Vaccination in Bombay 1874-1876 - 1874-1876
Year: 1874
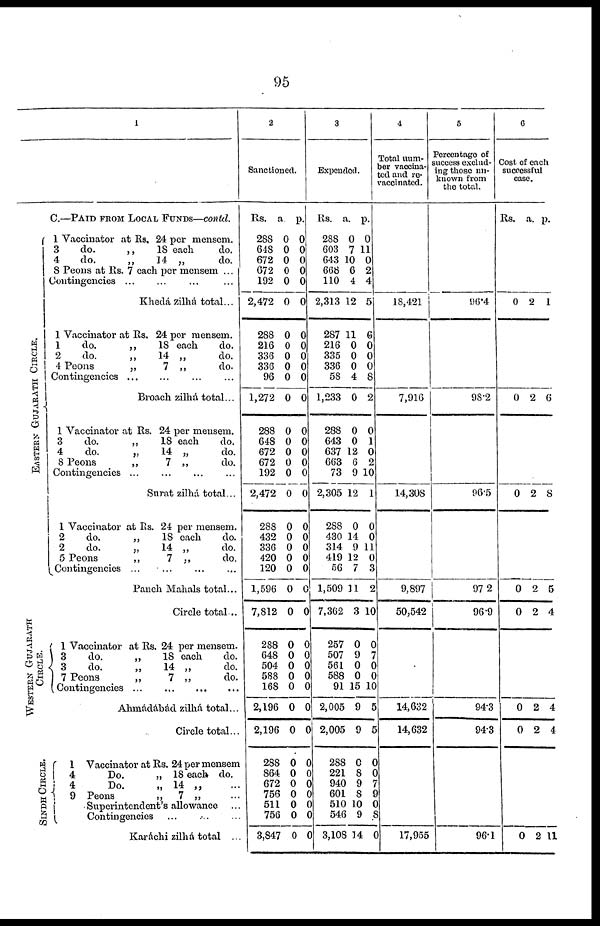
95
1
C.—PAID FROM LOCAL FUNDS—contd.
EASTERN GUJARATH CIRCLE.
WESTERN GUJARAT
CIRCLE.
SINDH CIRCLE.
1 Vaccinator at Rs. 24 per mensem.
3
do.
„
18 each
do.
4
do.
„
14 „
do.
8 Peons at Rs. 7 each per mensem ...
Contingencies... ... ... ...
Khedá zilhá total...
1 Vaccinator at Rs. 24 per mensem.
1
do.
„
18 each
do.
2
do.
„
14 „
do.
4 Peons
„
7 „
do.
Contingencies... ... ... ...
Broach zilhá total...
1 Vaccinator at Rs. 24 per mensem.
3
do.
„
18 each
do.
4
do.
„
14 „
do.
8 Peons
„
7 „
do.
Contingencies ... ... ... ...
Surat zilhá total...
1 Vaccinator at Rs. 24 per mensem.
2
do.
„
18 each
do.
2
do.
„
14 „
do.
5 Peons
„
7 „
do.
Contingencies ...
... ... ...
Panch Mahals total...
Circle total ..
1 Vaccinator at Rs. 24 per mensem.
3
do.
„
18 each
do.
3
do.
„
14 „
do.
7 Peons
„
7 „
do.
Contingencies...
...
...
...
Ahmádábád zilhá total...
Circle total...
1 Vaccinator at Rs. 24 per mensem
4
Do.
„ 18 each do.
4
Do.
„ 14 „ ...
9 Peons
„
7 „ ...
Superintendent's allowance ...
Contingencies ... ... ...
Karáchi zilhá total ...
2
Sanctioned.
Rs.
288
648
672
672
192
2,472
288
216
336
336
96
1,272
288
648
672
672
192
2,472
288
432
336
420
120
1,596
7,812
288
648
504
588
168
2,196
2,196
288
864
672
756
511
756
3,847
a.
0
0
0
0
0
0
0
0
0
0
0
0
0
0
0
0
0
0
0
0
0
0
0
0
0
0
0
0
0
0
0
0
0
0
0
0
0
0
0
p.
0
0
0
0
0
0
0
0
0
0
0
0
0
0
0
0
0
0
0
0
0
0
0
0
0
0
0
0
0
0
0
0
0
0
0
0
0
0
0
3
Expended.
Rs.
288
603
643
668
110
2,313
287
216
335
336
58
1,233
288
643
637
663
73
2,305
288
430
314
419
56
1,509
7,362
257
507
561
588
91
2,005
2,005
288
221
940
601
510
546
3,108
a.
0
7
10
6
4
12
11
0
0
0
4
0
0
0
12
6
9
12
0
14
9
12
7
11
3
0
9
0
0
15
9
9
0
8
9
8
10
9
14
p.
0
11
0
2
4
5
6
0
0
0
8
2
0
1
0
2
10
1
0
0
11
0
3
2
10
0
7
0
0
10
5
5
0
0
7
9
0
8
0
4
Total num¬
ber vaccina¬
ted and re¬
vaccinated.
18,421
7,916
14,308
9,897
50,542
14,632
14,632
17,955
5
Percentage of
success exclud-
ing those un-
known from
the total.
96.4
98.2
96.5
97.2
96.9
94.3
94.3
96.1
6
Cost of each
successful
case.
Rs. . a. p.
0 2 1
0 2 6
0 2 8
0
0
2
2
5
4
0
0
2
2
4
4
0 2 11